system: You are a helpful assistant.
user:
Analyze the provided spectrum to determine if it is a **S-type Star**.

- **Key Indicators for S-type Star:**

    - **(Overall Spectrum Shape):** The first and most obvious characteristic is the overall continuum (the "baseline" shape). It is **extremely "red-sloping,"** meaning the flux (light intensity) is very low on the left side (blue, ~4000-4500 Å) and rises steeply and continuously toward the right side (red, ~7000 Å+).

    - **(Primary):** The spectrum is defined by the presence of strong, broad molecular absorption "valleys" (bands) from **Zirconium Oxide (ZrO)**. The identification of these bands is the **primary requirement** for classifying a star as S-type.
        - **(Key Bandheads):** You must find distinct, deep "dips" where the light has been absorbed. The most critical band systems to locate are:
            - **~6474 Å** ($\gamma$-system): This is often the strongest and clearest ZrO feature, found in the red part of the spectrum.
            - **~5718 Å** & **~5551 Å** ($\beta$-system): A pair of prominent absorption features in the yellow-orange part of the spectrum.
            - **~4640 Å** ($\alpha$-system): A key absorption band system in the blue-green region of the spectrum.

    - **(Secondary Confirmation):** The classification is strengthened by finding additional absorption bands from other related heavy element oxides, which are expected to be present alongside ZrO.
        - **(Key Bandheads):**
            - **Yttrium Oxide (YO):** Look for absorption dips near **~4800 Å** and **~6100 Å**.
            - **Lanthanum Oxide (LaO):** Additional absorption features, particularly in the red-orange part of the spectrum, are also characteristic.

    - **(Line Profile):** The combination of the steep red continuum and these numerous, deep molecular bands (ZrO, YO, etc.) gives the entire spectrum a very **"chopped-up"** or **"bumpy"** appearance. Instead of a smooth curve, the spectrum looks as though large, wide chunks of light have been "carved out" of it at the specific wavelengths listed above.

Think first, call **spectral_visualization_tool** if needed to examine features in detail, then provide your final answer. Your response must adhere to the following strict rules:
1.  **Overall Structure:** Your response must follow the format `<think>...</think> <tool_call>...</tool_call> (if a tool is used) <answer>...</answer>`.
2.  **Tool Usage Constraint:** You may only make **one** tool call per turn.
3.  **Final Answer Format:** In the `<answer>` tag, your conclusion must be inside a `\boxed{}` command (e.g., `\boxed{YES}` or `\boxed{NO}`), followed by your justification.

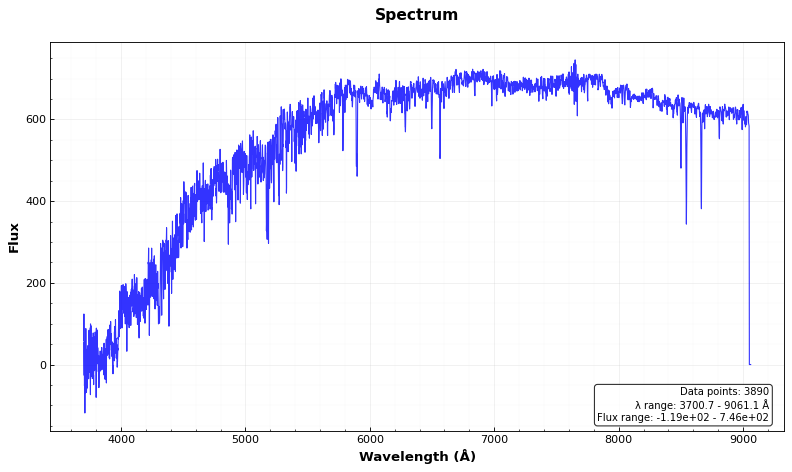
Answer: NO